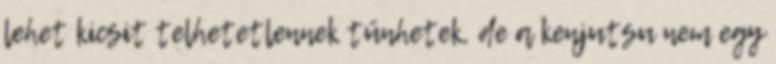
lehet kicsit telhetetlennek tűnhetek, de a kenjutsu nem egy